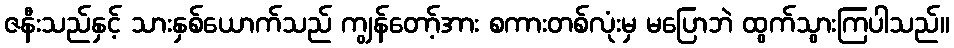
ဇနီးသည်နှင့် သားနှစ်ယောက်သည် ကျွန်တော့်အား စကားတစ်လုံးမှ မပြောဘဲ ထွက်သွားကြပါသည်။